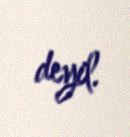
deyil.